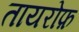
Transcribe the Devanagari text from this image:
तायरोफ़